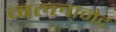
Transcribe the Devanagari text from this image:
नल्लानेट